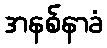
အနစ်နာခံ